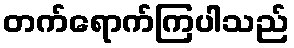
တက်ရောက်ကြပါသည်